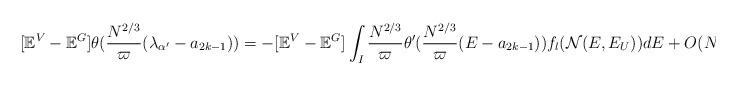
LaTeX: \begin{align*}[\mathbb{E}^V-\mathbb{E}^G]\theta(\frac{N^{2/3}}{\varpi}(\lambda_{\alpha^{\prime}}-a_{2k-1}))=-[\mathbb{E}^V-\mathbb{E}^G] \int_I \frac{N^{2/3}}{\varpi} \theta^{\prime}(\frac{N^{2/3}}{\varpi}(E-a_{2k-1})) f_{l}(\mathcal{N}(E, E_U))dE+O(N^{-D_1}).\end{align*}